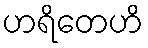
ဟရိတေဟိ